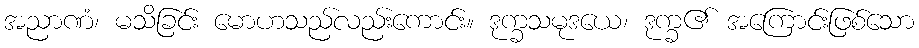
အညာဏံ၊ မသိခြင်း မောဟသည်လည်းကောင်း။ ဒုက္ခသမုဒယေ၊ ဒုက္ခ၏ အကြောင်းဖြစ်သော